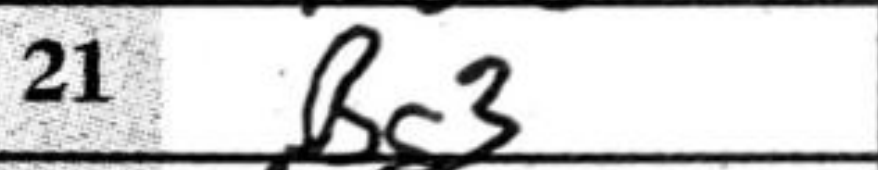
Transcription: Bg3